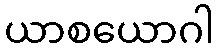
ယာစယောဂါ